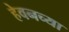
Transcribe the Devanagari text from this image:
हेवनच्या